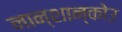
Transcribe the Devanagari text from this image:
नान्शान्कोउ